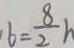
6 = \frac { 8 } { 2 } h